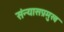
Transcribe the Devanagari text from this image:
संन्यासप्रमुख